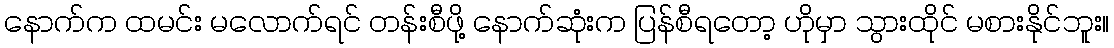
နောက်က ထမင်း မလောက်ရင် တန်းစီဖို့ နောက်ဆုံးက ပြန်စီရတော့ ဟိုမှာ သွားထိုင် မစားနိုင်ဘူး။